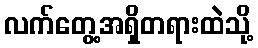
လက်တွေ့အရှိတရားထဲသို့